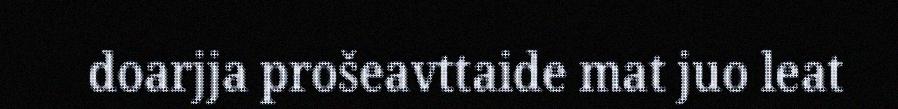
doarjja prošeavttaide mat juo leat